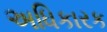
અધિકારક